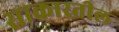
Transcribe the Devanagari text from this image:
साकारतील